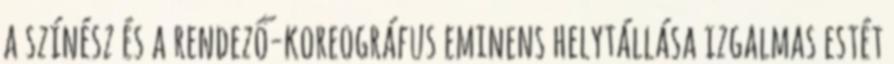
a színész és a rendező-koreográfus eminens helytállása izgalmas estét